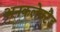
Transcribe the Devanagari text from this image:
अनकलेक्टेड